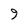
Character: 9